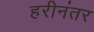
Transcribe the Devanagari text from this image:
हरीनंतर